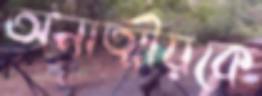
অনাত্মীয়কে